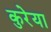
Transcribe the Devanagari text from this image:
कुरेया